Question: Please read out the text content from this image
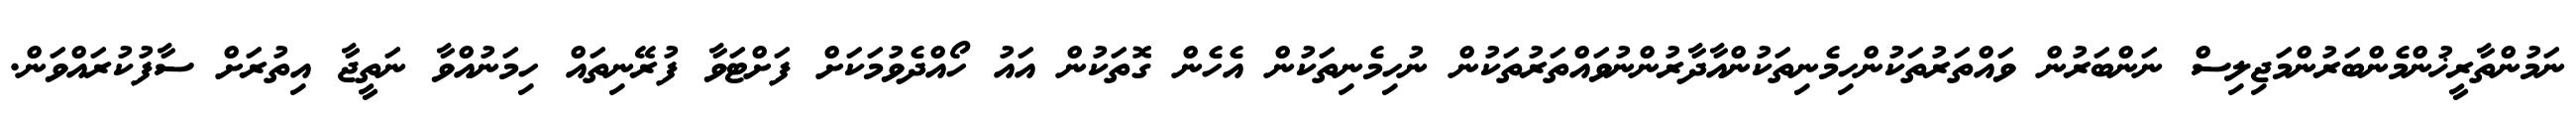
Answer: ނަމުންތާރީޚުންމެންބަރުންމަޖިލިސް ނަންބަރުން ވައްތަރުތަކުންހިމެނިތަކުންއާދާރުންނުވައްތަރުތަކުން ނުހިމެނިތަކުން އެހެން ގޮތަކުން އައު ހޯއްދެވުމަކަށް ފަށްޓަވާ ފުރޭނިތައް ހިމަނުއްވާ ނަތީޖާ އިތުރަށް ސާފުކުރައްވަން.